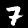
Label: 7